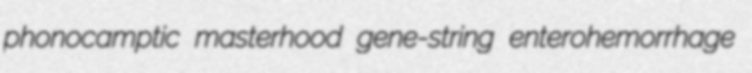
phonocamptic masterhood gene-string enterohemorrhage